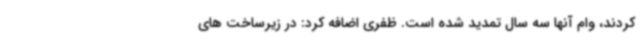
کردند، وام آنها سه سال تمدید شده است. ظفری اضافه کرد: در زیرساخت های